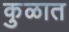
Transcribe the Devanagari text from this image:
कु़ळात